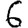
Digit: 6